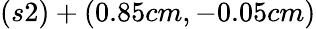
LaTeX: (s2)+(0.85cm,-0.05cm)